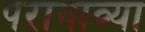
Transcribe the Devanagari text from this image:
परानाव्या